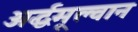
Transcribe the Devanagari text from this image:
अर्द्धमूल्वान